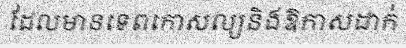
ដែលមានទេពកោសល្យនិងឱកាសដាក់